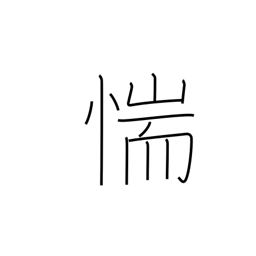
Meaning: be afraid